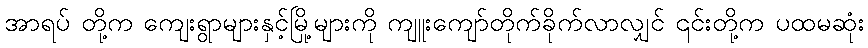
အာရပ် တို့က ကျေးရွာများနှင့်မြို့များကို ကျူးကျော်တိုက်ခိုက်လာလျှင် ၎င်းတို့က ပထမဆုံး